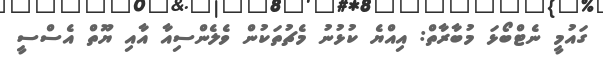
ގައުމީ ނެޓްބޯޅަ މުބާރާތް: އިއްޔެ ކުޅުނު މެޗުތަކުން ވެލެންސިއާ އާއި ޔޫތް އެސްސީ